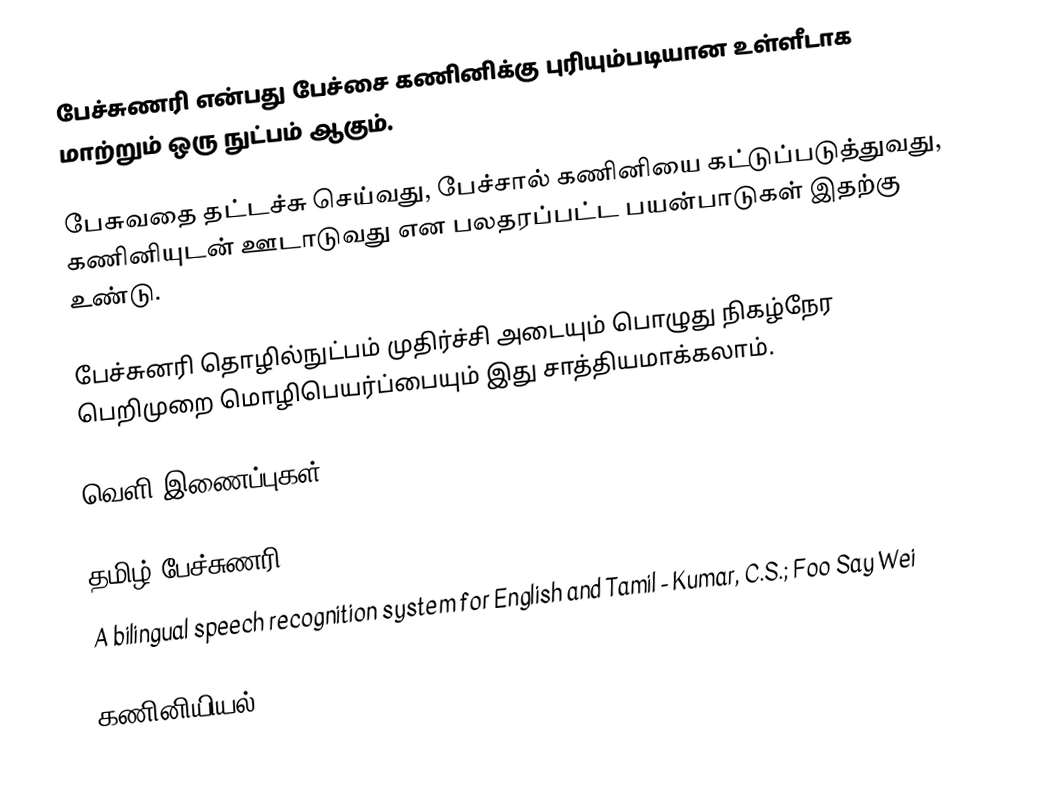
பேச்சுணரி என்பது பேச்சை கணினிக்கு புரியும்படியான உள்ளீடாக மாற்றும் ஒரு நுட்பம் ஆகும்.

பேசுவதை தட்டச்சு செய்வது, பேச்சால் கணினியை கட்டுப்படுத்துவது, கணினியுடன் ஊடாடுவது என பலதரப்பட்ட பயன்பாடுகள் இதற்கு உண்டு.

பேச்சுனரி தொழில்நுட்பம் முதிர்ச்சி அடையும் பொழுது நிகழ்நேர பெறிமுறை மொழிபெயர்ப்பையும் இது சாத்தியமாக்கலாம்.

வெளி இணைப்புகள்

தமிழ் பேச்சுணரி
 A bilingual speech recognition system for English and Tamil - Kumar, C.S.; Foo Say Wei

கணினியியல்